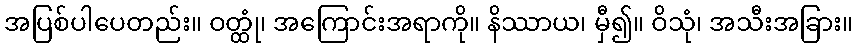
အပြစ်ပါပေတည်း။ ဝတ္ထုံ၊ အကြောင်းအရာကို။ နိဿာယ၊ မှီ၍။ ဝိသုံ၊ အသီးအခြား။